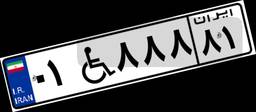
۷۶W۹۰۱۶۳